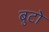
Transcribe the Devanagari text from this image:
बुटो